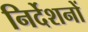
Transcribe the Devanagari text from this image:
निर्देशनों